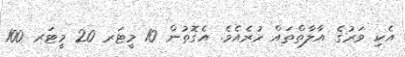
އެކި ވަރުގެ އާލާތްތައް ހުރެއެވެ. އެގޮތުން 10 މީޓަރ 20 މީޓަރ 100